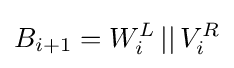
B_{i+1}=W_{i}^{L}\,||\,V_{i}^{R}